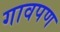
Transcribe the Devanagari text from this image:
गावपण